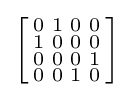
\left[{\begin{smallmatrix}0&1&0&0\\1&0&0&0\\0&0&0&1\\0&0&1&0\\\end{smallmatrix}}\right]